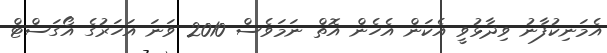
އެމަނިކުފާނު ވިދާޅުވީ އެކަން އެހެން އޮތް ނަމަވެސް 2010 ވަނަ އަހަރުގެ އޯގަސްޓް